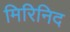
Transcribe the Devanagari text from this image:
मिरिनिद